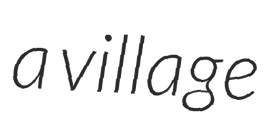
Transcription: a village